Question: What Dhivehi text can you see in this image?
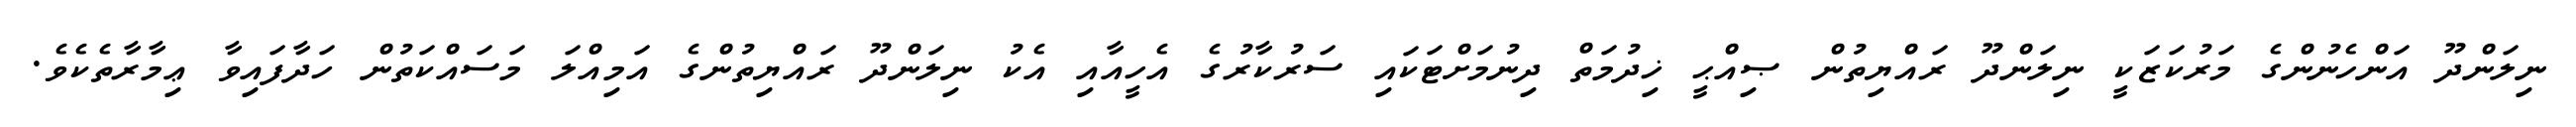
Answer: ނިލަންދޫ އަންހެނުންގެ މަރުކަޒަކީ ނިލަންދޫ ރައްޔިތުން ޞިއްޙީ ޚިދުމަތް ދިނުމަށްޓަކައި ސަރުކާރުގެ އެހީއާއި އެކު ނިލަންދޫ ރައްޔިތުންގެ އަމިއްލަ މަސައްކަތުން ހަދާފައިވާ ޢިމާރާތެކެވެ.